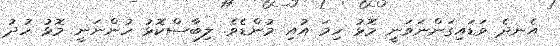
އެނދެ ވަޑައިގަންނަވަނީ މޮޅު ހިމަ އުއި މުންޑެވެ. ލިބާސްކޮޅު ހުންނަނީ މޮޅު ހުދު